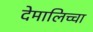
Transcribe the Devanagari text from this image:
देमालिच्चा